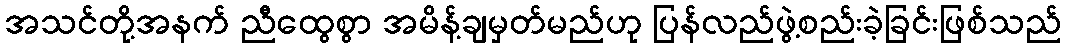
အသင်တို့အနက် ညီထွေစွာ အမိန့်ချမှတ်မည်ဟု ပြန်လည်ဖွဲ့စည်းခဲ့ခြင်းဖြစ်သည်